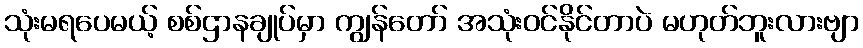
သုံးမရပေမယ့် စစ်ဌာနချုပ်မှာ ကျွန်တော် အသုံးဝင်နိုင်တာပဲ မဟုတ်ဘူးလားဗျာ